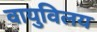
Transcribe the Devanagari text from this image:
वायुविलय